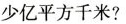
少亿平方千米?